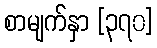
စာမျက်နှာ [၃၇၀]